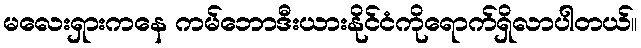
မလေးရှားကနေ ကမ်ဘောဒီးယားနိုင်ငံကိုရောက်ရှိလာပါတယ်။